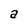
Character: a